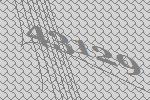
43129